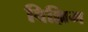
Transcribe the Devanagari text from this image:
विल्लिम